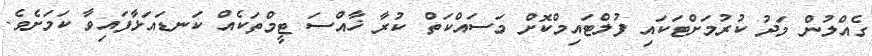
ގެއްލުން މަދު ކުރުމަށްޓަކައި ފުލްޓައިމްކޮށް މަސައްކަތް ކުރާ ޚާއްސަ ޓީމްތަކެއް ކަނޑައަޅާފައިވާ ކަމަށެވެ.